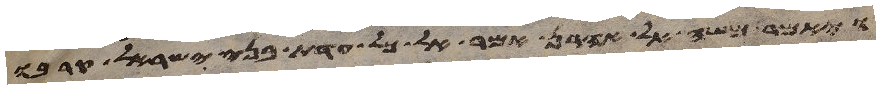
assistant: ויאמר משה אל אהרן אמר אל כל עדת בני ישראל קרבו